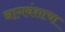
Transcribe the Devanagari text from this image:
नागवंशाचा